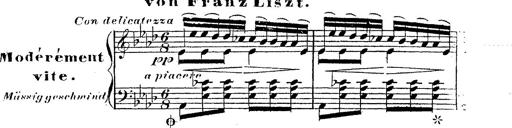
Title: 12 Lieder von Franz Schubert
Composer: Franz Liszt